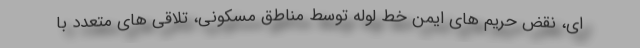
ای، نقض حریم های ایمن خط لوله توسط مناطق مسکونی، تلاقی های متعدد با